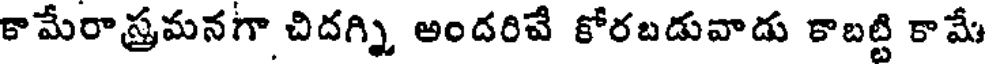
కామేరాస్త్రమనగా చిదగ్ని అందరిచే కోరబడువాడు కాబట్టి కామే